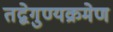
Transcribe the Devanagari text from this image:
तद्वेगुण्यक्रमेण